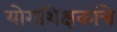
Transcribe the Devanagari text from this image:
योगशिक्षकांचे